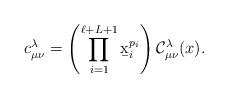
LaTeX: \begin{align*}c^{\lambda}_{\mu\nu}=\left(\prod_{i=1}^{\ell+L+1} \b{x}_i^{p_i}\right)\mathcal{C}^{\lambda}_{\mu\nu}(x).\end{align*}